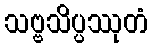
သဗ္ဗသိပ္ပဿုတံ